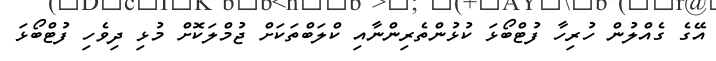
އޭގެ ގެއްލުން ހުރިހާ ފުޓްބޯޅަ ކުޅުންތެރިންނާއި ކްލަބްތަކަށް ޖުމްލަކޮށް މުޅި ދިވެހި ފުޓްބޯޅަ